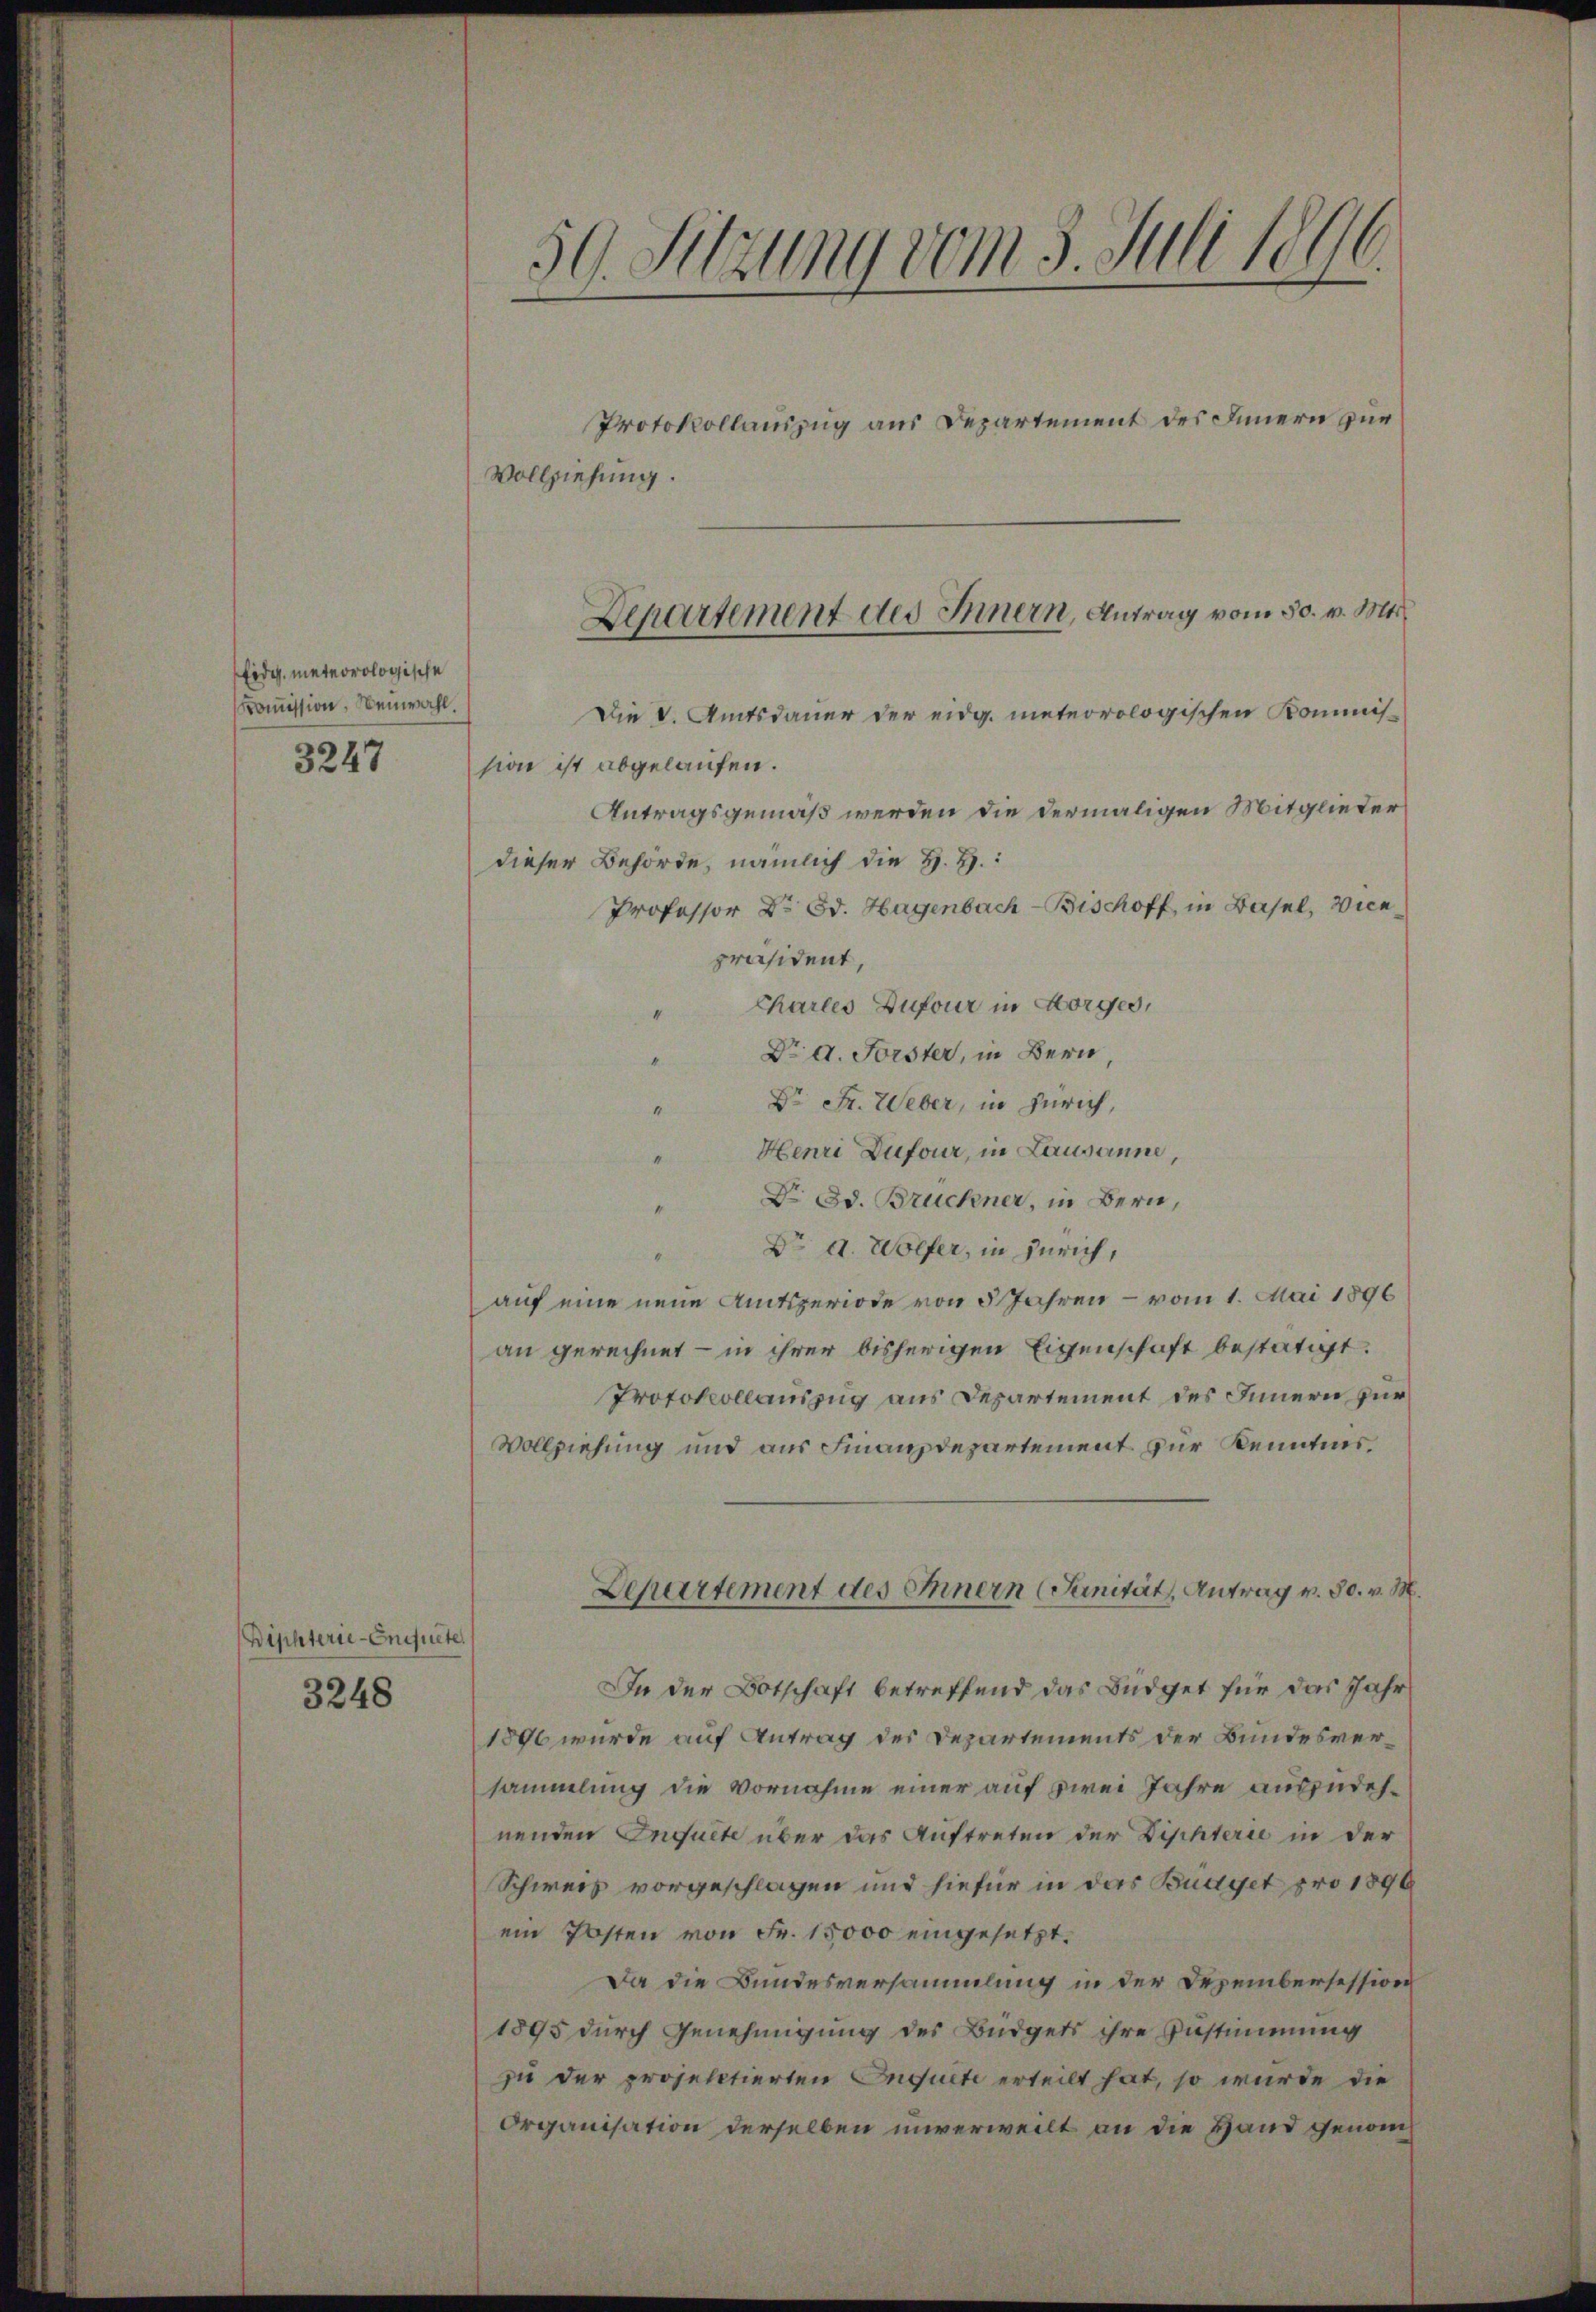
Eidg. meteorologische
Kommission, Neuwahl.

3247

Diphterie-Enquete.

3248

59. Sitzung vom 3. Juli 1890.

Protokollauszug aus Departement des Innern zur
Vollziehung.
Die V. Amtsdauer der eidg. meteorologischen Kommission ist abgelaufen.
Antragsgemäß werden die dermaligen Mitglieder
dieser Behörde, nämlich die H. H.:
Professor Dr. Bd. Hagenbach Bischoff, in Basel, Vicepräsident,
Chartes Zufour in Horges,
Dr. d. Forster, in Bern,
Dr. Fr. Weber, in Zürich,
4
" Henri Dufour, in Lausanne,
Dr Ed. Bruchner, in Bern,
4
Dr A. Wolfer, in Zürich,
d
auf eine neue Amtsperiode von 5 Jahren – vom 1. Mai 1896
an gerechnet - in ihrer bisherigen Eigenschaft bestätigt.
Protokollauszug aus Departement des Innern für
Vollziehung und aus Finanzdepartement zur Kenntnis,
Departement des Innern Sanität, Antrag v. 30. v. M.
In der Botschaft betreffend das Büdget für das Jahr
1896 wurde auf Antrag des Departements der Bundesversammlung die Vornahme einer auf zwei Jahre auszudehnenden Inquete über das Auftreten der Diphterie in der
Schweiz vorgeschlagen und hiefür in das Büdget pro 1896
ein Posten von Fr. 15000 eingesetzt.
Da die Bundesversammlung in der Dezembersession
1895 durch Genehmigung des Büdgets ihre Zustimmung
zu der projektierten Inquite erteilt hat, so wurde die
Organisation derselben unverweilt an die Hand genom¬

Departement des Innern, Antrag vom 30. v. Mts.